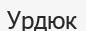
Урдюк